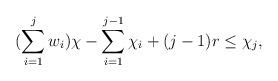
LaTeX: \begin{align*}(\sum\limits_{i=1}^j w_i) \chi - \sum\limits_{i =1}^{j-1} \chi_i + (j-1)r \leq \chi_j,\end{align*}